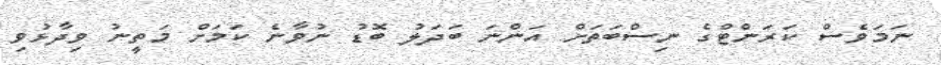
ނަމަވެސް ކަރަންޓްގެ ނިސްބަތަށް އަންނަ ބަދަލު ބޮޑު ނުވާނެ ކަމަށް މަތީނު ވިދާޅުވި